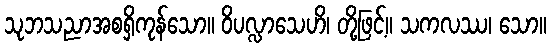
သုဘသညာအစရှိကုန်သော။ ဝိပလ္လာသေဟိ၊ တို့ဖြင့်။ သကလဿ၊ သော။